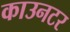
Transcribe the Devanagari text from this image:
काउनटर